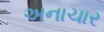
અનાચાર